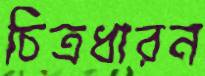
চিত্রধারন